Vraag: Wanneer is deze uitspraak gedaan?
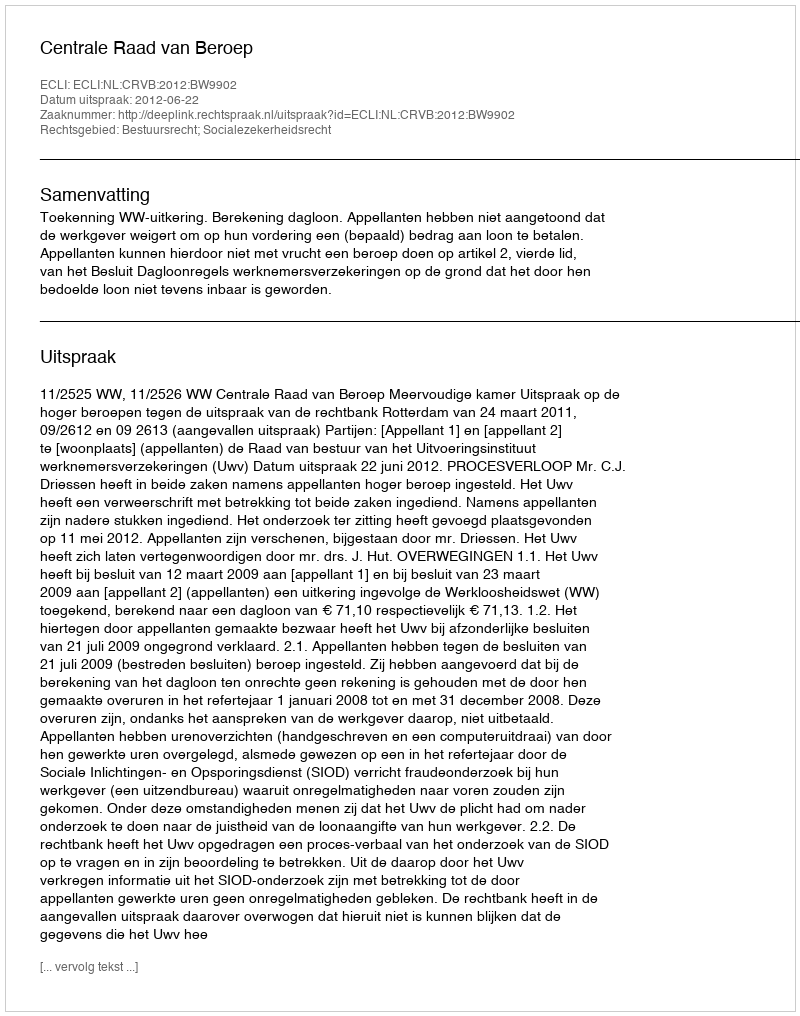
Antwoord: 2012-06-22